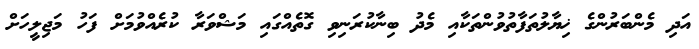
އަދި މެންބަރުންގެ ޚިޔާލުތަފާތުވުންތަކާއި މެދު ބިނާކުރަނިވި ގޮތެއްގައި މަޝްވަރާ ކުރެއްވުމަށް ފަހު މަޖިލީހަށް